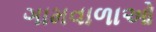
ગામવાળાઓ